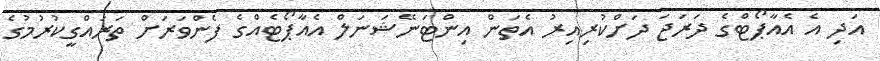
އަދި އެ އެއާޕޯޓްގެ ދަރަަޖަ ދަށްކުރިއިރު އެތަން އިންޓަނޭޝަނަލް އެއާޕޯޓެއްގެ ފެންވަރަށް ތަރައްގީކުރުމުގެ